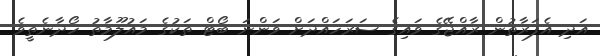
އަދި އެފަރާތުން ރާއްޖޭގެ ވައިގެ ސަރަހައްދަށް ވަންނަ ބޯޓް ތަކުގެ މައުލޫމާތު ހޯދާނެތީވެ